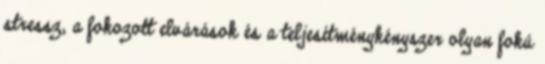
stressz, a fokozott elvárások és a teljesítménykényszer olyan fokú